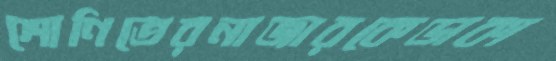
শোণিতেরনাজারকেডাকা